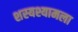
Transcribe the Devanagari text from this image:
शस्यश्यामला